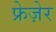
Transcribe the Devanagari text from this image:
फ्रेज़ेर